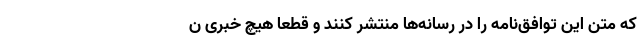
که متن این توافق‌نامه را در رسانه‌ها منتشر کنند و قطعا هیچ خبری ن